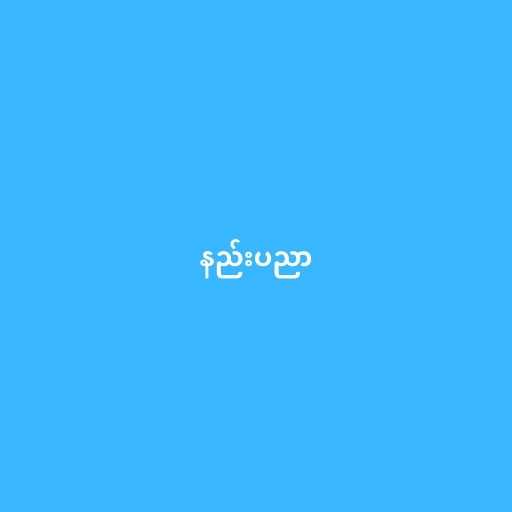
နည်းပညာ